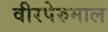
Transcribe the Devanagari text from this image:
वीरपेरुमाल